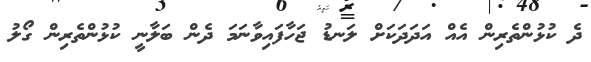
ދެ ކުޅުންތެރިން އެއް އަދަދަކަށް ލަނޑު ޖަހާފައިވާނަމަ ދެން ބަލާނީ ކުޅުންތެރިން ގޯލު